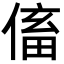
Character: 傗